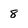
Character: 8